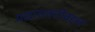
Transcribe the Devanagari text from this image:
मद्यासक्तीबद्दल